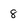
Character: 8